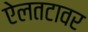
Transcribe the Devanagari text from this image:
ऐलतटावर